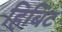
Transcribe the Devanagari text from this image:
हिबिट